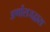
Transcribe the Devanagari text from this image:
अर्णोराजद्वारा